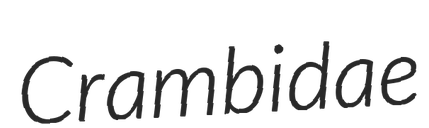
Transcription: Crambidae